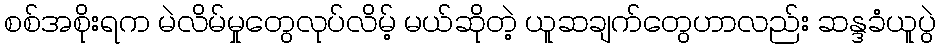
စစ်အစိုးရက မဲလိမ်မှုတွေလုပ်လိမ့် မယ်ဆိုတဲ့ ယူဆချက်တွေဟာလည်း ဆန္ဒခံယူပွဲ